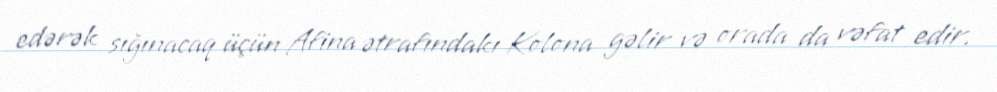
edərək sığınacaq üçün Afina ətrafındakı Kolona gəlir və orada da vəfat edir.